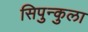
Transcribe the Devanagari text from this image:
सिपुन्कुला